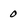
Character: 0